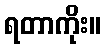
ရတာကိုး။